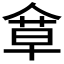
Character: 𠌓